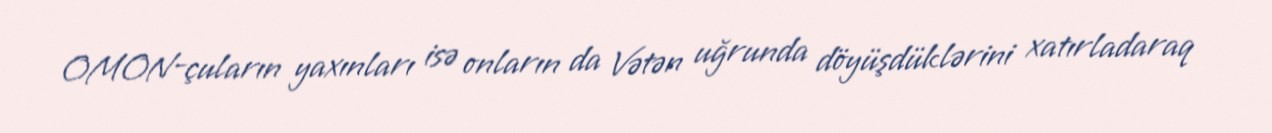
OMON-çuların yaxınları isə onların da Vətən uğrunda döyüşdüklərini xatırladaraq